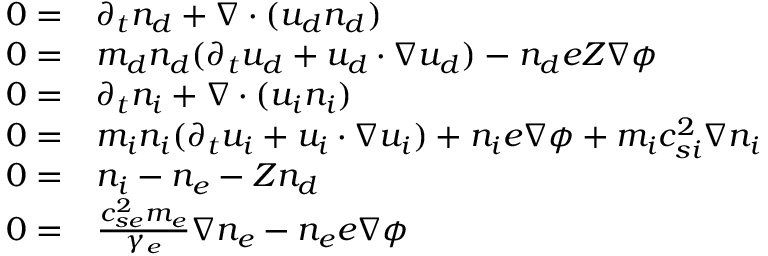
\begin{array} { r l } { 0 = } & { \partial _ { t } { n _ { d } } + \nabla \cdot ( { u _ { d } } { n _ { d } } ) } \\ { 0 = } & { m _ { d } { n _ { d } } ( \partial _ { t } { u _ { d } } + { u _ { d } } \cdot \nabla { u _ { d } } ) - { n _ { d } } e Z \nabla \phi } \\ { 0 = } & { \partial _ { t } { n _ { i } } + \nabla \cdot ( { u _ { i } } { n _ { i } } ) } \\ { 0 = } & { m _ { i } { n _ { i } } ( \partial _ { t } { u _ { i } } + { u _ { i } } \cdot \nabla { u _ { i } } ) + { n _ { i } } e \nabla \phi + m _ { i } c _ { s i } ^ { 2 } \nabla { n _ { i } } } \\ { 0 = } & { { n _ { i } } - n _ { e } - Z { n _ { d } } } \\ { 0 = } & { \frac { c _ { s e } ^ { 2 } m _ { e } } { \gamma _ { e } } \nabla n _ { e } - n _ { e } e \nabla \phi } \end{array}